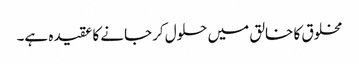
مخلوق کا خالق میں حلول کرجانے کا عقیدہ ہے۔